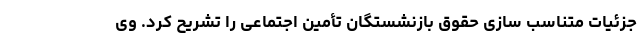
جزئیات متناسب سازی حقوق بازنشستگان تأمین اجتماعی را تشریح کرد. وی